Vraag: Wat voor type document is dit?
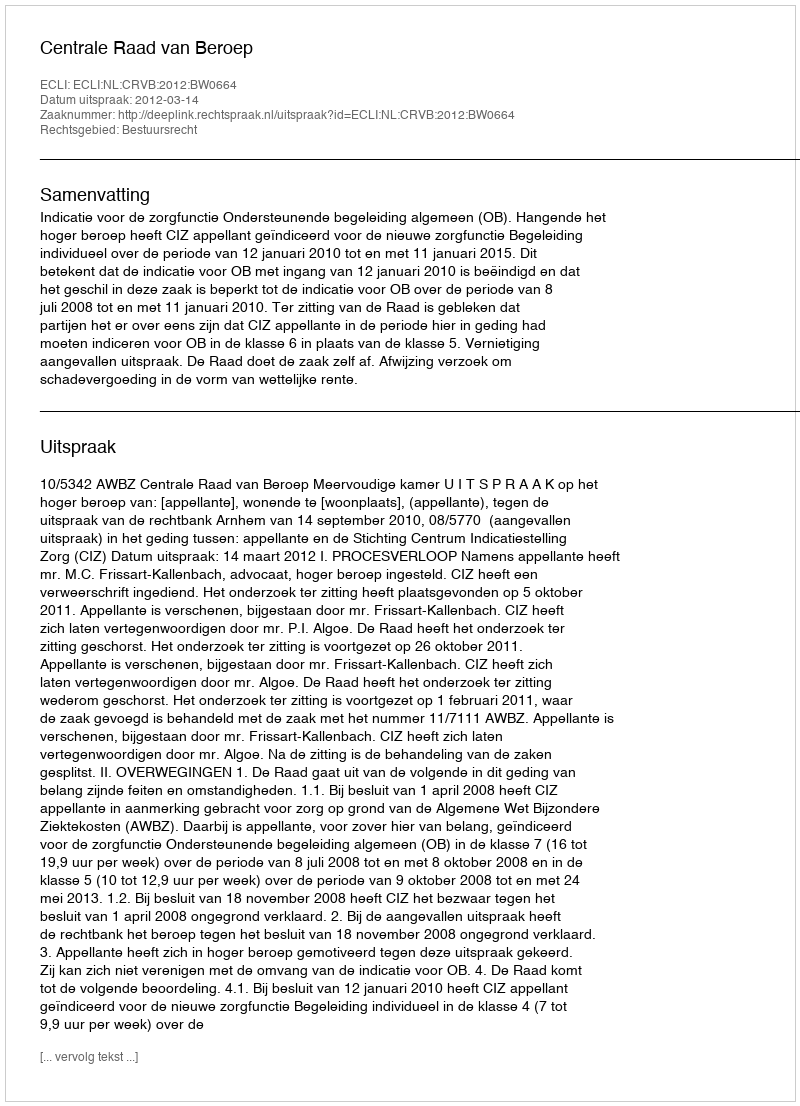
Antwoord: Uitspraak